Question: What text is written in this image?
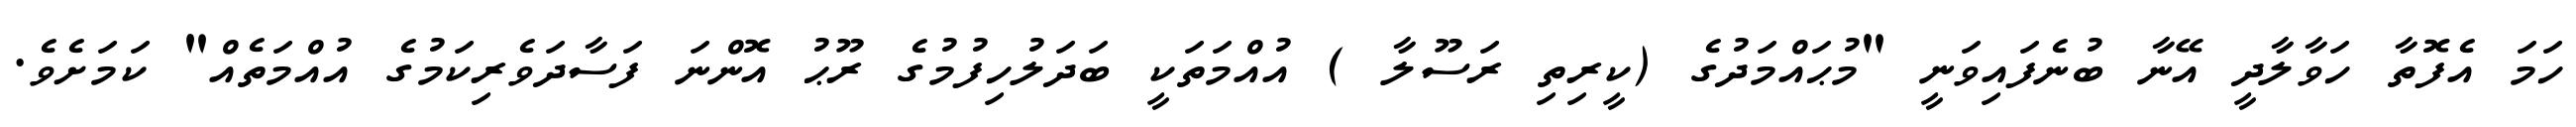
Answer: ހަމަ އެފޮތާ ހަވާލާދީ އޭނާ ބުނެފައިވަނީ "މުޙައްމަދުގެ (ކީރިތި ރަސޫލާ ) އުއްމަތަކީ ބަދަލުހިފުމުގެ ރޫޙު އޮންނަ ފަސާދަވެރިކަމުގެ އުއްމަތެއް" ކަމަށެވެ.